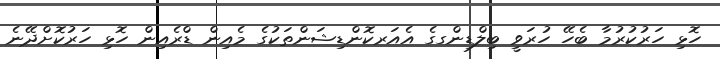
ހޮޅި ހަރުކުރުމާ ބެހޭ ހުރަވީ ބިލްޑިންގގެ އެއަރކޮންޑިޝަންތަކުގެ މެއިން ޑްރެއިން ހޮޅި ހަރުކޮށްދޭނެ